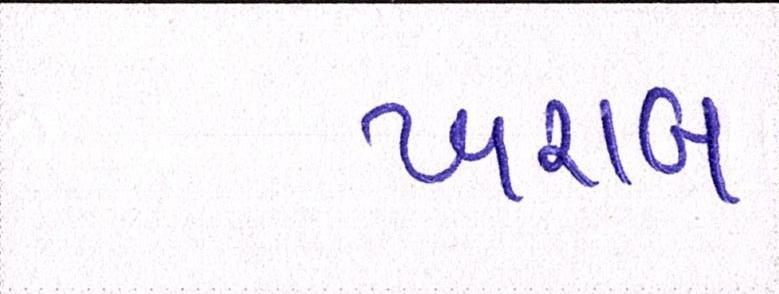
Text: ખરાબ